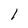
Character: l